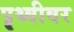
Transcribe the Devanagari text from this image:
पॄथ्वीवर